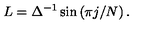
L = \Delta ^ { - 1 } \sin \left( \pi j / N \right) .